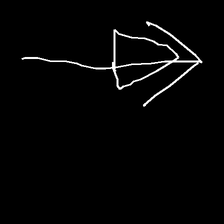
Glyph: pull